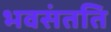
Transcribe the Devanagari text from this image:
भवसंतति